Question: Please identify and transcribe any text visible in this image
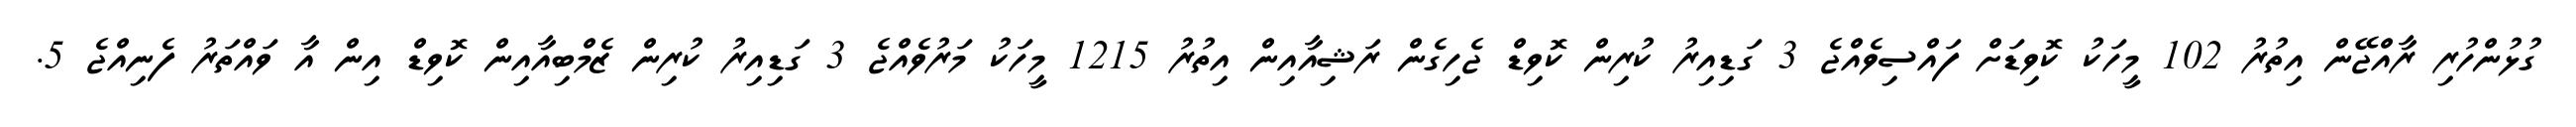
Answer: ގުޅުންހުރި ރާއްޖޭން އިތުރު 102 މީހަކު ކޮވިޑަށް ފައްސިވެއްޖެ 3 ގަޑިއިރު ކުރިން ކޮވިޑް ޖެހިގެން ރަޝިއާއިން އިތުރު 1215 މީހަކު މަރުވެއްޖެ 3 ގަޑިއިރު ކުރިން ޒެމްބިއާއިން ކޮވިޑް އިން އާ ވައްތަރު ފެނިއްޖެ 5.